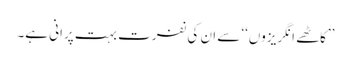
’’کاٹھے انگریزوں‘‘ سے ان کی نفرت بہت پرانی ہے۔